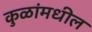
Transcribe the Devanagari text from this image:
कुळांमधील